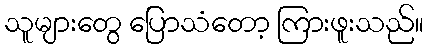
သူများတွေ ပြောသံတော့ ကြားဖူးသည်။